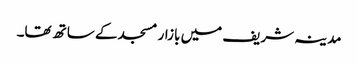
مدینہ شریف میں بازار مسجد کے ساتھ تھا۔